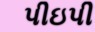
પીઇપી